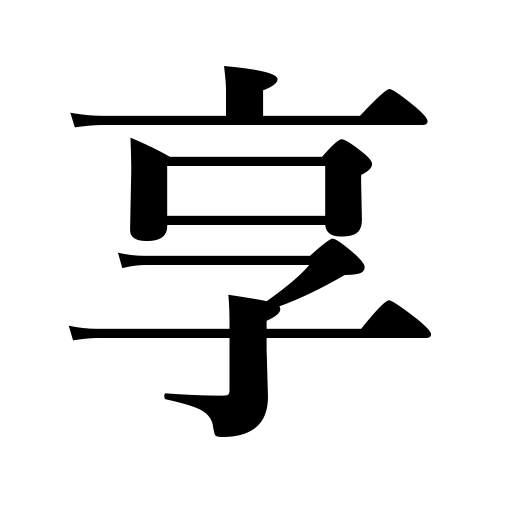
Meanings: face,catch a ball,undergo an operation,sustain a loss,answer the phone,catch the public fancy,take an exam,stop a blow,be exposed to ridicule,receive,inherit,accept,take,parry,front on,obtain,get